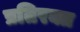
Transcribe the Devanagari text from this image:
प्रतिरक्त